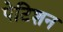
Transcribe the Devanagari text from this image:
पेटिशन